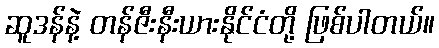
ဆူဒန်နဲ့ တန်ဇီးနီးယားနိုင်ငံတို့ ဖြစ်ပါတယ်။